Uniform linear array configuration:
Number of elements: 48
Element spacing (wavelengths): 0.25
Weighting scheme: blackman
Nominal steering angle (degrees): -45
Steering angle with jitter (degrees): -43.487
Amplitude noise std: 0.05
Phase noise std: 0.05

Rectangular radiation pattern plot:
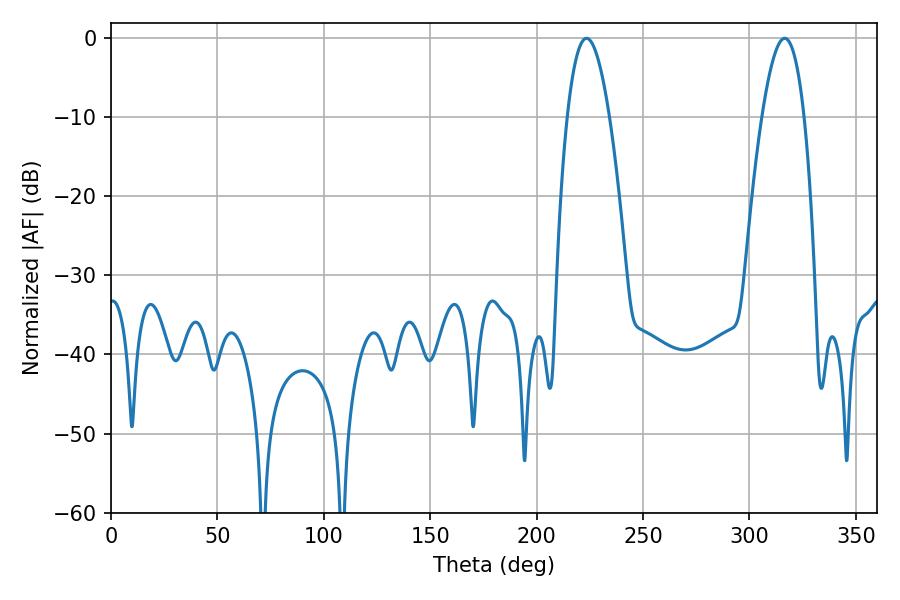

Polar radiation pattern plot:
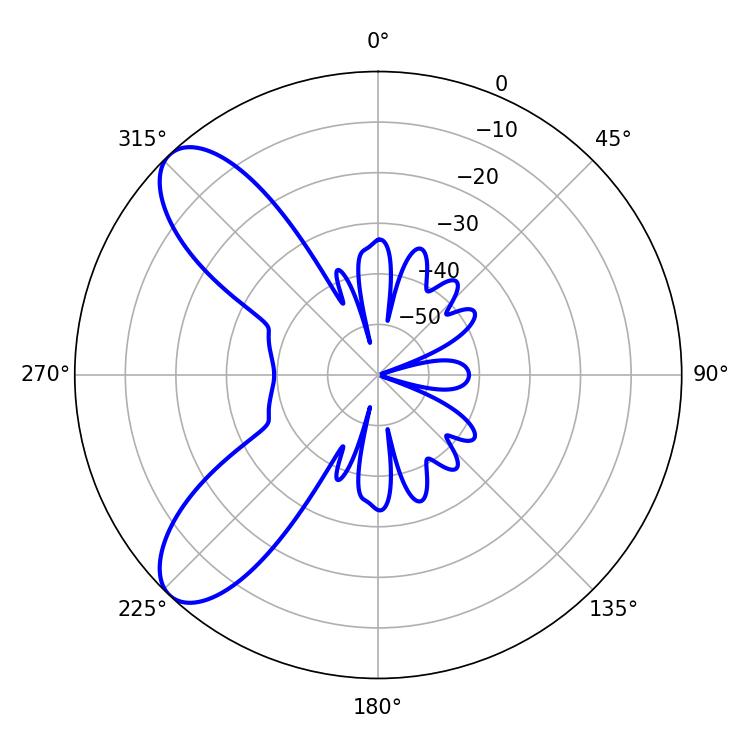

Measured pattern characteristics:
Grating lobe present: FALSE
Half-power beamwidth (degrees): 10.8
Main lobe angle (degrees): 223.38